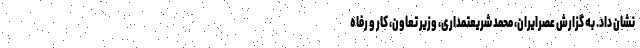
نشان داد. به گزارش عصرایران، محمد شریعتمداری، وزیر تعاون، کار و رفاه